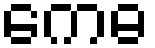
ကေဓ